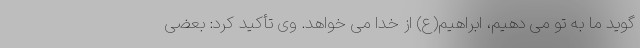
گوید ما به تو می دهیم، ابراهیم(ع) از خدا می خواهد. وی تأکید کرد: بعضی